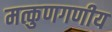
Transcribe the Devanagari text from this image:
मत्कुणगणीय